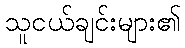
သူငယ်ချင်းများ၏